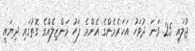
ޖުލައި 25 ވަނަ ދުވަހު އަހަރެމެންގެ އެންމެ ފަހު މަންޒިލެއްގެ ގޮތުގައި ދިޔައީ